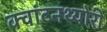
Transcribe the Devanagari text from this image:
क्‍वांटनथ्‍योरी